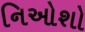
નિઓશો